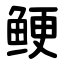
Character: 鲠